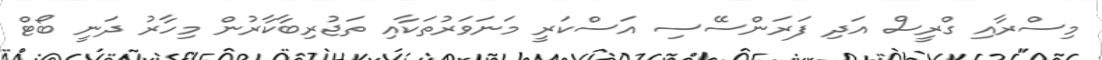
މިސްރާއި ގްރީސް އަދި ފަރަންސޭސި އަސްކަރީ މަނަވަރުތަކާއި ތަޖުރިބާކާރުން މިހާރު ދަނީ ބޯޓް